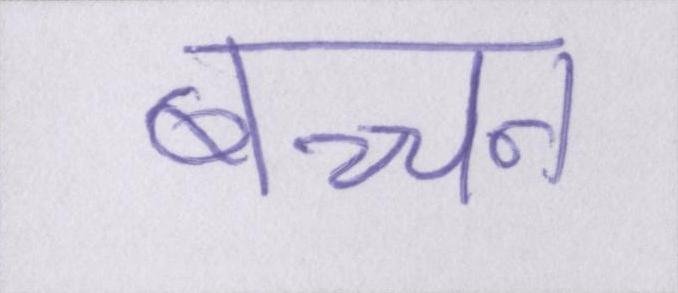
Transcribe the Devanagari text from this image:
बच्चन